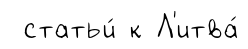
статьи́ к Л'итва́